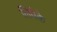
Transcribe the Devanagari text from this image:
लिवेके